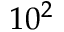
1 0 ^ { 2 }